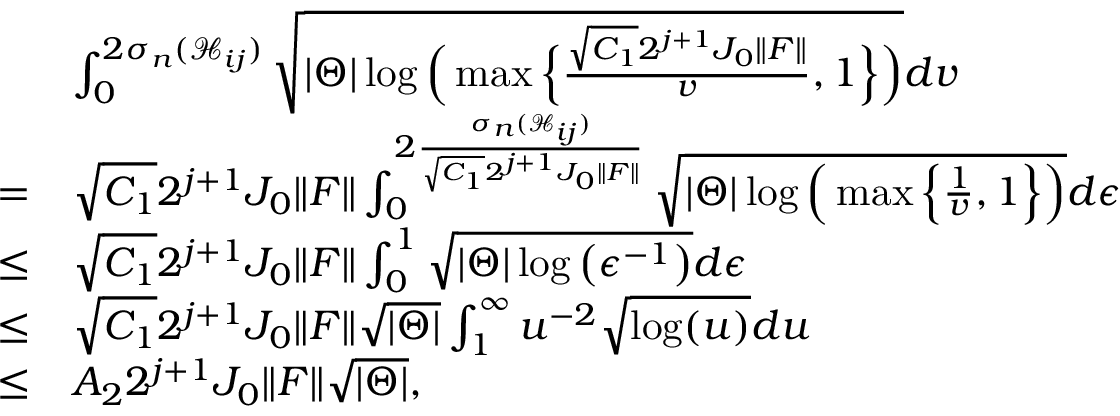
\begin{array} { r l } & { \int _ { 0 } ^ { 2 \sigma _ { n } ( \mathcal { H } _ { i j } ) } \sqrt { | \Theta | \log \Big ( \operatorname* { m a x } \Big \{ \frac { \sqrt { C _ { 1 } } 2 ^ { j + 1 } J _ { 0 } \Vert F \Vert } { v } , 1 \Big \} \Big ) } d v } \\ { = } & { \sqrt { C _ { 1 } } 2 ^ { j + 1 } J _ { 0 } \Vert F \Vert \int _ { 0 } ^ { 2 \frac { \sigma _ { n } ( \mathcal { H } _ { i j } ) } { \sqrt { C _ { 1 } } 2 ^ { j + 1 } J _ { 0 } \Vert F \Vert } } \sqrt { | \Theta | \log \Big ( \operatorname* { m a x } \Big \{ \frac { 1 } { v } , 1 \Big \} \Big ) } d \epsilon } \\ { \leq } & { \sqrt { C _ { 1 } } 2 ^ { j + 1 } J _ { 0 } \Vert F \Vert \int _ { 0 } ^ { 1 } \sqrt { | \Theta | \log \big ( \epsilon ^ { - 1 } \big ) } d \epsilon } \\ { \leq } & { \sqrt { C _ { 1 } } 2 ^ { j + 1 } J _ { 0 } \Vert F \Vert \sqrt { | \Theta | } \int _ { 1 } ^ { \infty } u ^ { - 2 } \sqrt { \log ( u ) } d u } \\ { \leq } & { A _ { 2 } 2 ^ { j + 1 } J _ { 0 } \Vert F \Vert \sqrt { | \Theta | } , } \end{array}